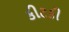
કીટકી